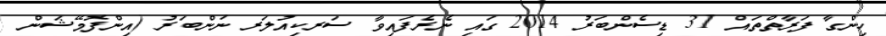
ހިންގާ ފަރާތްތައް 31 ޑިސެންބަރު 2014 ގައި ނެރެފައިވާ ސަރކިއުލަރ ނަންބަރު (އިންފޮމޭޝަން